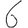
Digit: 6